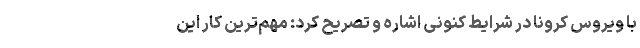
با ویروس کرونا در شرایط کنونی اشاره و تصریح کرد: مهم‌ترین کار این